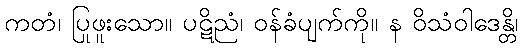
ကတံ၊ ပြုဖူးသော။ ပဋိညံ၊ ဝန်ခံပျက်ကို။ န ဝိသံဝါဒေန္တိ၊